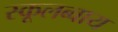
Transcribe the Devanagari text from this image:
स्कूलब्वाय